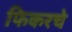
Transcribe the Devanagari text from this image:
फिकरचे